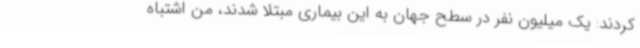
کردند: یک میلیون نفر در سطح جهان به این بیماری مبتلا شدند، من اشتباه